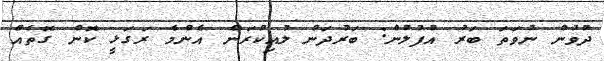
ދުވުން ނުވަތަ ބަރު އުފުލުން: ބަރުދަން ލުއިކުރަން އެންމެ ރަގަޅީ ކޮން ގޮތެއް